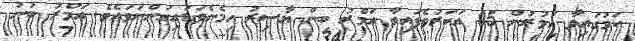
ކަމުގައިވާ އުމުރުން 95 އަހަރުވެފައިވާ ޢަމްރު ބިން ޔާސިރު ހިމެނެވަޑައިގަންނަވައެވެ. ޢަމްރު ބުނު